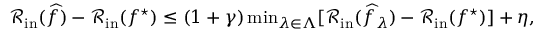
\begin{array} { r } { \mathcal { R } _ { \mathrm { i n } } ( \widehat { f } ) - \mathcal { R } _ { \mathrm { i n } } ( f ^ { \star } ) \leq ( 1 + \gamma ) \operatorname* { m i n } _ { \lambda \in \Lambda } [ \mathcal { R } _ { \mathrm { i n } } ( \widehat { f } _ { \lambda } ) - \mathcal { R } _ { \mathrm { i n } } ( f ^ { \star } ) ] + \eta , } \end{array}